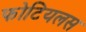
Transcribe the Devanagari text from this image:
फोटियलस